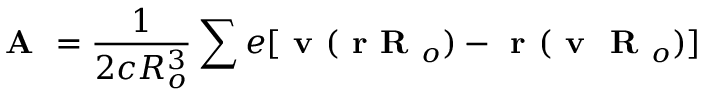
\textbf { A } = \frac { 1 } { 2 c R _ { o } ^ { 3 } } \sum e [ \textbf { v } ( \textbf { r R } _ { o } ) - \textbf { r } ( \textbf { v } \textbf { R } _ { o } ) ]